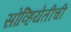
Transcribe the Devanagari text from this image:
सोव्हियेतीची